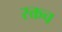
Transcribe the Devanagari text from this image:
रक्तच